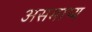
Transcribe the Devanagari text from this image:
असमाप्य